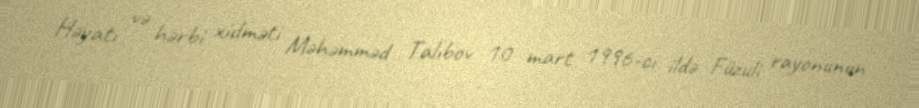
Həyatı və hərbi xidməti Məhəmməd Talıbov 10 mart 1996-cı ildə Füzuli rayonunun